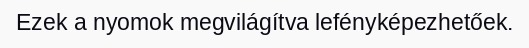
Ezek a nyomok megvilágítva lefényképezhetőek.